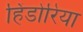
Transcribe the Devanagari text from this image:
हिंडोरिया